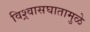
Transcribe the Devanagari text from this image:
विश्र्वासघातामुळे